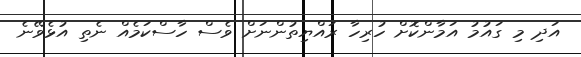
އަދި މި ގައުމު އަމާންކޮށް ހުރިހާ ރައްޔިތުންނަށް ވެސް ހާސްކަމެއް ނެތި އުޅެވޭނެ